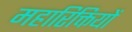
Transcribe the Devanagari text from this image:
महारिक्तियों